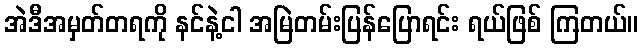
အဲဒီအမှတ်တရကို နင်နဲ့ငါ အမြဲတမ်းပြန်ပြောရင်း ရယ်ဖြစ် ကြတယ်။